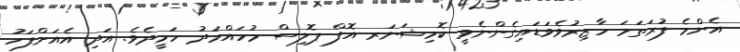
އެންމެ ފުރަތަމަ ހާޒިރުވެވަޑައިގެންނެވީ ކޮމިޝަނަރ އޮފް ޕޮލިސް މުހައްމަދު ހަމީދެވެ. އަދި އެއަށްފަހު